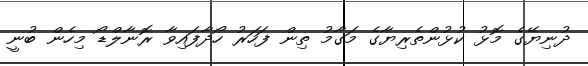
ދުނިޔޭގެ މޮޅު ކުޅުންތެރިޔާގެ މަގާމު ތިން ފަހަރު ހޯދާފައިވާ ރޮނާލްޑޯ މިހެން ބުނީ